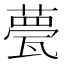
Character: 甍